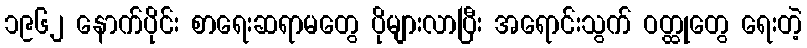
၁၉၆၂ နောက်ပိုင်း စာရေးဆရာမတွေ ပိုများလာပြီး အရောင်းသွက် ဝတ္ထုတွေ ရေးတဲ့